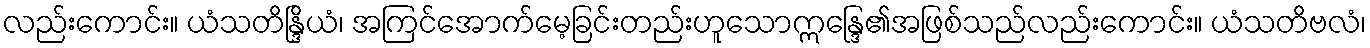
လည်းကောင်း။ ယံသတိန္ဒြိယံ၊ အကြင်အောက်မေ့ခြင်းတည်းဟူသောဣန္ဒြေ၏အဖြစ်သည်လည်းကောင်း။ ယံသတိဗလံ၊